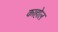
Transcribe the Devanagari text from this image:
काहोल